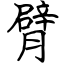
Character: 臂